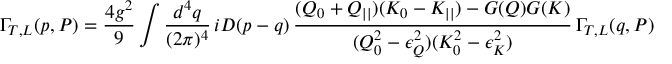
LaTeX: \Gamma _ { T , L } ( p , P ) = \frac { 4 g ^ { 2 } } 9 \int \frac { d ^ { 4 } q } { ( 2 \pi ) ^ { 4 } } \, i { \cal D } ( p - q ) \, \frac { ( Q _ { 0 } + Q _ { | | } ) ( K _ { 0 } - K _ { | | } ) - G ( Q ) G ( K ) } { ( Q _ { 0 } ^ { 2 } - \epsilon _ { Q } ^ { 2 } ) ( K _ { 0 } ^ { 2 } - \epsilon _ { K } ^ { 2 } ) } \, \Gamma _ { T , L } ( q , P )